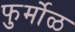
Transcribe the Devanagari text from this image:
फुर्मोळ